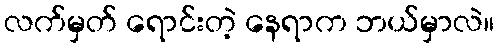
လက်မှတ် ရောင်းတဲ့ နေရာက ဘယ်မှာလဲ။